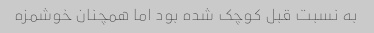
به نسبت قبل کوچک شده بود اما همچنان خوشمزه